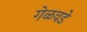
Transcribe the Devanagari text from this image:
गेळवडे